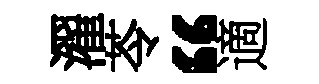
濯苓“適